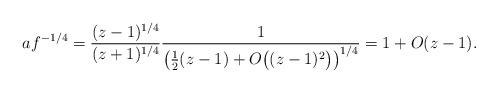
LaTeX: \begin{gather*}af^{-1/4} = \frac{(z-1)^{1/4}}{(z+1)^{1/4}} \frac{1}{\big(\frac{1}{2} (z-1) + O\big((z-1)^2\big)\big)^{1/4}} = 1 + O(z-1).\end{gather*}